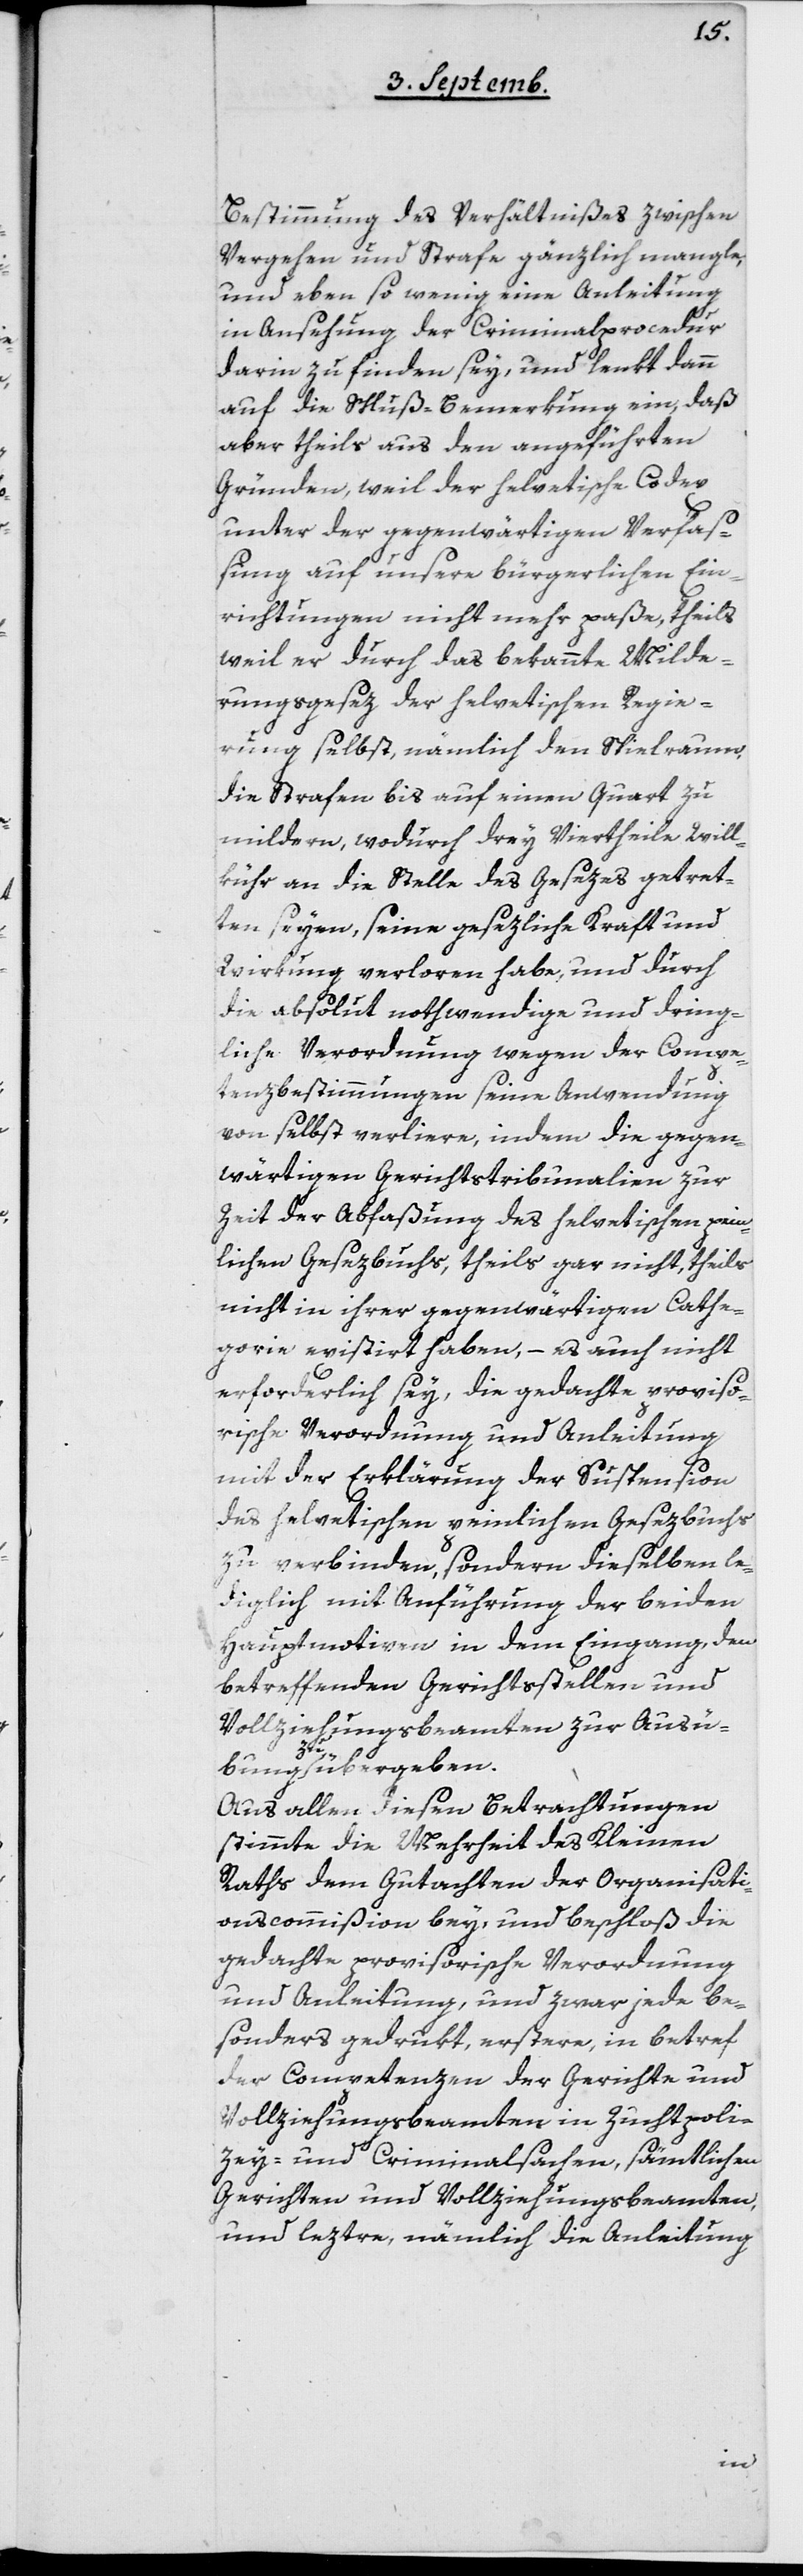
Bestimmung des Verhältnißes zwischen
Vergehen und Strafe gänzlich mangle,
und eben so wenig eine Anleitung
in Ansehung der Criminalprocedur
darin zu finden sey, und lenkt dann
auf die Schluß-Bemerkung ein, daß
aber theils aus den angeführten
Gründen, weil der helvetische Codex
unter der gegenwärtigen Verfaß¬
ung auf unsere bürgerlichen Ein¬
richtungen nicht mehr paße, theils
weil er durch das bekannte Milde¬
rungsgesez der helvetischen Regie¬
rung selbst, nämlich den Spielraum
die Strafen bis auf einen Quart zu
mildern, wodurch drey Viertheile Will¬
kühr an die Stelle des Gesezes getret¬
ten seyen, seine gesezliche Kraft und
Wirkung verloren habe, und durch
die absolut nothwendige und dring¬
liche Verordnung wegen der Compe¬
tenzbestimmungen seine Anwendung
von selbst verliere, indem die gegen¬
wärtigen Gerichtstribunalien zur
Zeit der Abfaßung des helvetischen pein¬
lichen Gesezbuchs, theils gar nicht, theils
nicht in ihrer gegenwärtigen Cathe¬
gorie existirt haben, – es auch nicht
erforderlich sey, die gedachte proviso¬
rische Verordnung und Anleitung
mit der Erklärung der Suspension
des helvetischen peinlichen Gesezbuchs
zu verbinden, sondern dieselben le¬
diglich mit Anführung der beiden
Hauptmotiven in dem Eingang, den
betreffenden Gerichtsstellen und
Vollziehungsbeamten zur Ausü¬
bung zu übergeben.
Aus allen diesen Betrachtungen
stimmte die Mehrheit des Kleinen
Raths dem Gutachten der Organisati¬
onscommißion bey, und beschloß die
gedachte provisorische Verordnung
und Anleitung, und zwar jede be¬
sonders gedrukt, erstere in Betref
der Competenzen der Gerichte und
Vollziehungsbeamten in Zuchtpoli¬
zey- und Criminalsachen, sämtlichen
Gerichten und Vollziehungsbeamten,
und leztre, nämlich die Anleitung